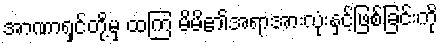
အာဏာရှင်တို့မှ ထကြ မိမိ၏အရာအားလုံးနှင့်ဖြစ်ခြင်းကို